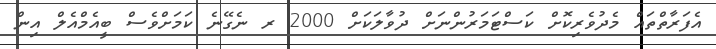
އެފަރާތްތައް މެދުވެރިކޮށް ކަސްޓަމަރުންނަށް ދުވާލަކަށް 2000 ރ ނެގޭނެ ކަމަށްވެސް ބީއެމްއެލް އިން